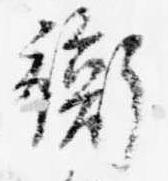
衡